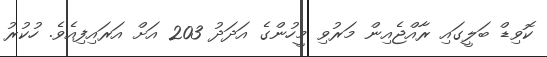
ކޮވިޑް ބަލީގައި ރާއްޖެއިން މަރުވި މީހުންގެ އަދަދު 203 އަށް އަރައިފިއެވެ. ހުކުރު